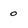
Character: 0